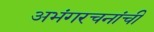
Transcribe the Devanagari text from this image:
अभंगरचनांची